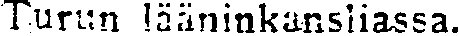
Turun lääninkansiiassa.